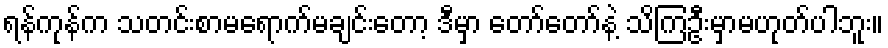
ရန်ကုန်က သတင်းစာမရောက်မချင်းတော့ ဒီမှာ တော်တော်နဲ့ သိကြဦးမှာမဟုတ်ပါဘူး။